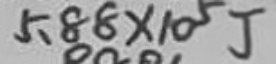
5 . 8 8 \times 1 0 ^ { 5 } J